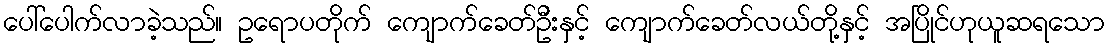
ပေါ်ပေါက်လာခဲ့သည်။ ဥရောပတိုက် ကျောက်ခေတ်ဦးနှင့် ကျောက်ခေတ်လယ်တို့နှင့် အပြိုင်ဟုယူဆရသော